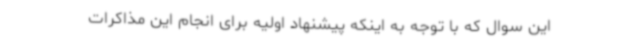
این سوال که با توجه به اینکه پیشنهاد اولیه برای انجام این مذاکرات